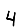
Digit: 4